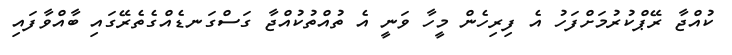
ކުއްޖާ ރޭޕްކުރުމަށްފަހު އެ ފިރިހެން މީހާ ވަނީ އެ ތުއްތުކުއްޖާ ގަސްގަނޑެއްގެތެރޭގައި ބާއްވާފައި